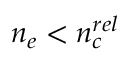
n _ { e } < n _ { c } ^ { r e l }